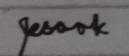
Signature authenticity: genuine